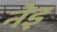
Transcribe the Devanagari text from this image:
नेइ